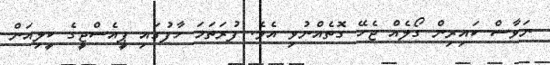
ނަވާސް ކައިރިން ގޯލެއް ޖެހޭ ގޮތެއްނުވި އެވެ. ފުރަތަމަ ހާފުގައި ޕީއެސްޖީގެ ކީލިއަން